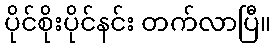
ပိုင်စိုးပိုင်နင်း တက်လာပြီ။